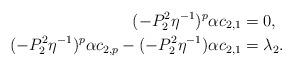
LaTeX: \begin{align*} (-P_2^2 \eta^{-1})^p \alpha c_{2,1} & = 0 , \\ (-P_2^2 \eta^{-1})^p \alpha c_{2,p} -(-P_2^2 \eta^{-1}) \alpha c_{2,1} & = \lambda_2 . \end{align*}